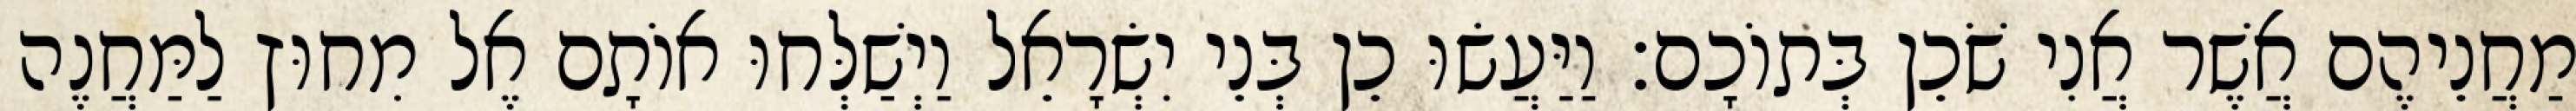
מַחֲנֵיהֶם אֲשֶׁר אֲנִי שֹׁכֵן בְּתוֹכָם׃ וַיַּעֲשׂוּ כֵן בְּנֵי יִשְׂרָאֵל וַיְשַׁלְּחוּ אוֹתָם אֶל מִחוּץ לַמַּחֲנֶה